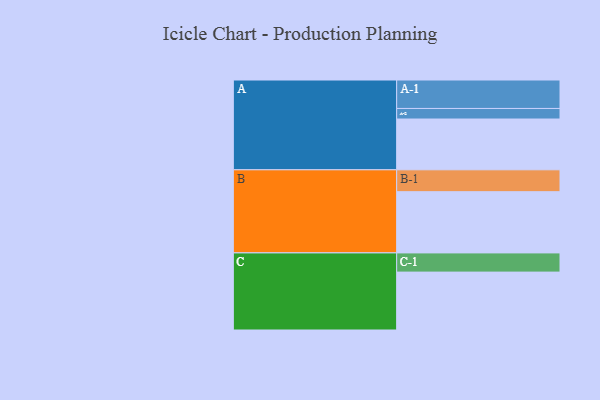
{"axis": {"x": "Segment", "y": "Value"}, "legend": ["", "A", "B", "C"], "data": [{"x": "A", "y": 471, "type": ""}, {"x": "B", "y": 568, "type": ""}, {"x": "C", "y": 537, "type": ""}, {"x": "A-1", "y": 264, "type": "A"}, {"x": "A-2", "y": 98, "type": "A"}, {"x": "B-1", "y": 203, "type": "B"}, {"x": "C-1", "y": 178, "type": "C"}]}